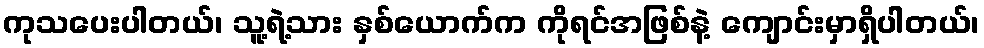
ကုသပေးပါတယ်၊ သူ့ရဲ့သား နှစ်ယောက်က ကိုရင်အဖြစ်နဲ့ ကျောင်းမှာရှိပါတယ်၊